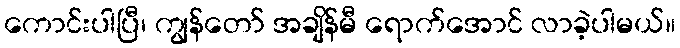
ကောင်းပါပြီ၊ ကျွန်တော် အချိန်မီ ရောက်အောင် လာခဲ့ပါမယ်။